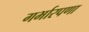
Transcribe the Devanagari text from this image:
गर्भारपणा